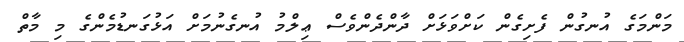
މަންމަގެ އުނގުން ފެށިގެން ކަށްވަޅަށް ދާންދެންވެސް ޢިލްމު އުނގެނުމަށް އަޅުގަނޑުމެންގެ މި މާތް